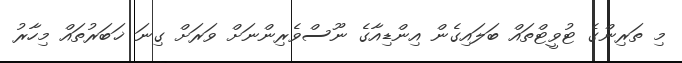
މި ތަރިންގެ ޓުވީޓްތައް ބަލައިގެން އިންޑިއާގެ ނޫސްވެރިންނަށް ވަރަށް ގިނަ ޚަބަރުތައް މިހާރު